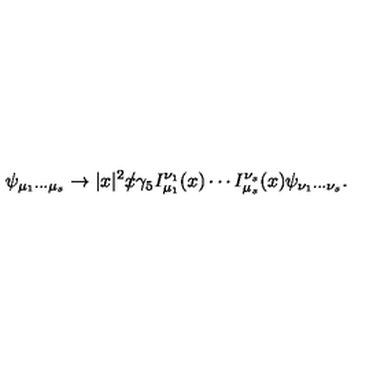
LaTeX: \psi _ { \mu _ { 1 } \cdots \mu _ { s } } \rightarrow | x | ^ { 2 } x \! \! \! \slash \gamma _ { 5 } I _ { \mu _ { 1 } } ^ { \nu _ { 1 } } ( x ) \cdots I _ { \mu _ { s } } ^ { \nu _ { s } } ( x ) \psi _ { \nu _ { 1 } \cdots \nu _ { s } } .